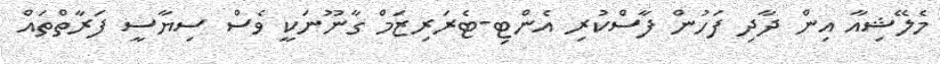
މެލޭޝިއާ އިން ދާދި ފަހުން ފާސްކުރި އެންޓި-ޓެރަރިޒަމް ގާނޫނަކީ ވެސް ސިޔާސީ ފަރާތްތައް